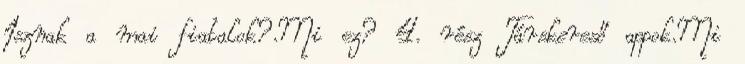
Isznak a mai fiatalok?.Mi ez? 4. rész Társkereső appok.Mi